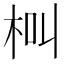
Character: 𣐲